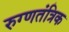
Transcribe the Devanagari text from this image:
रुग्णतंत्रिक